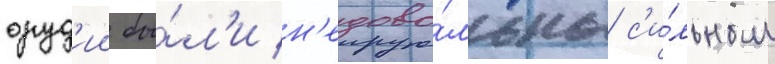
оруд'ии бы́л'и н'едово́льны с'и́льным